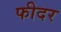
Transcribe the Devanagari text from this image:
फीदर